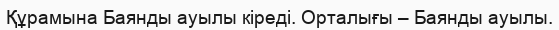
Құрамына Баянды ауылы кіреді. Орталығы – Баянды ауылы.